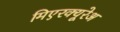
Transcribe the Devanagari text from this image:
मिएरक्यूरेअ